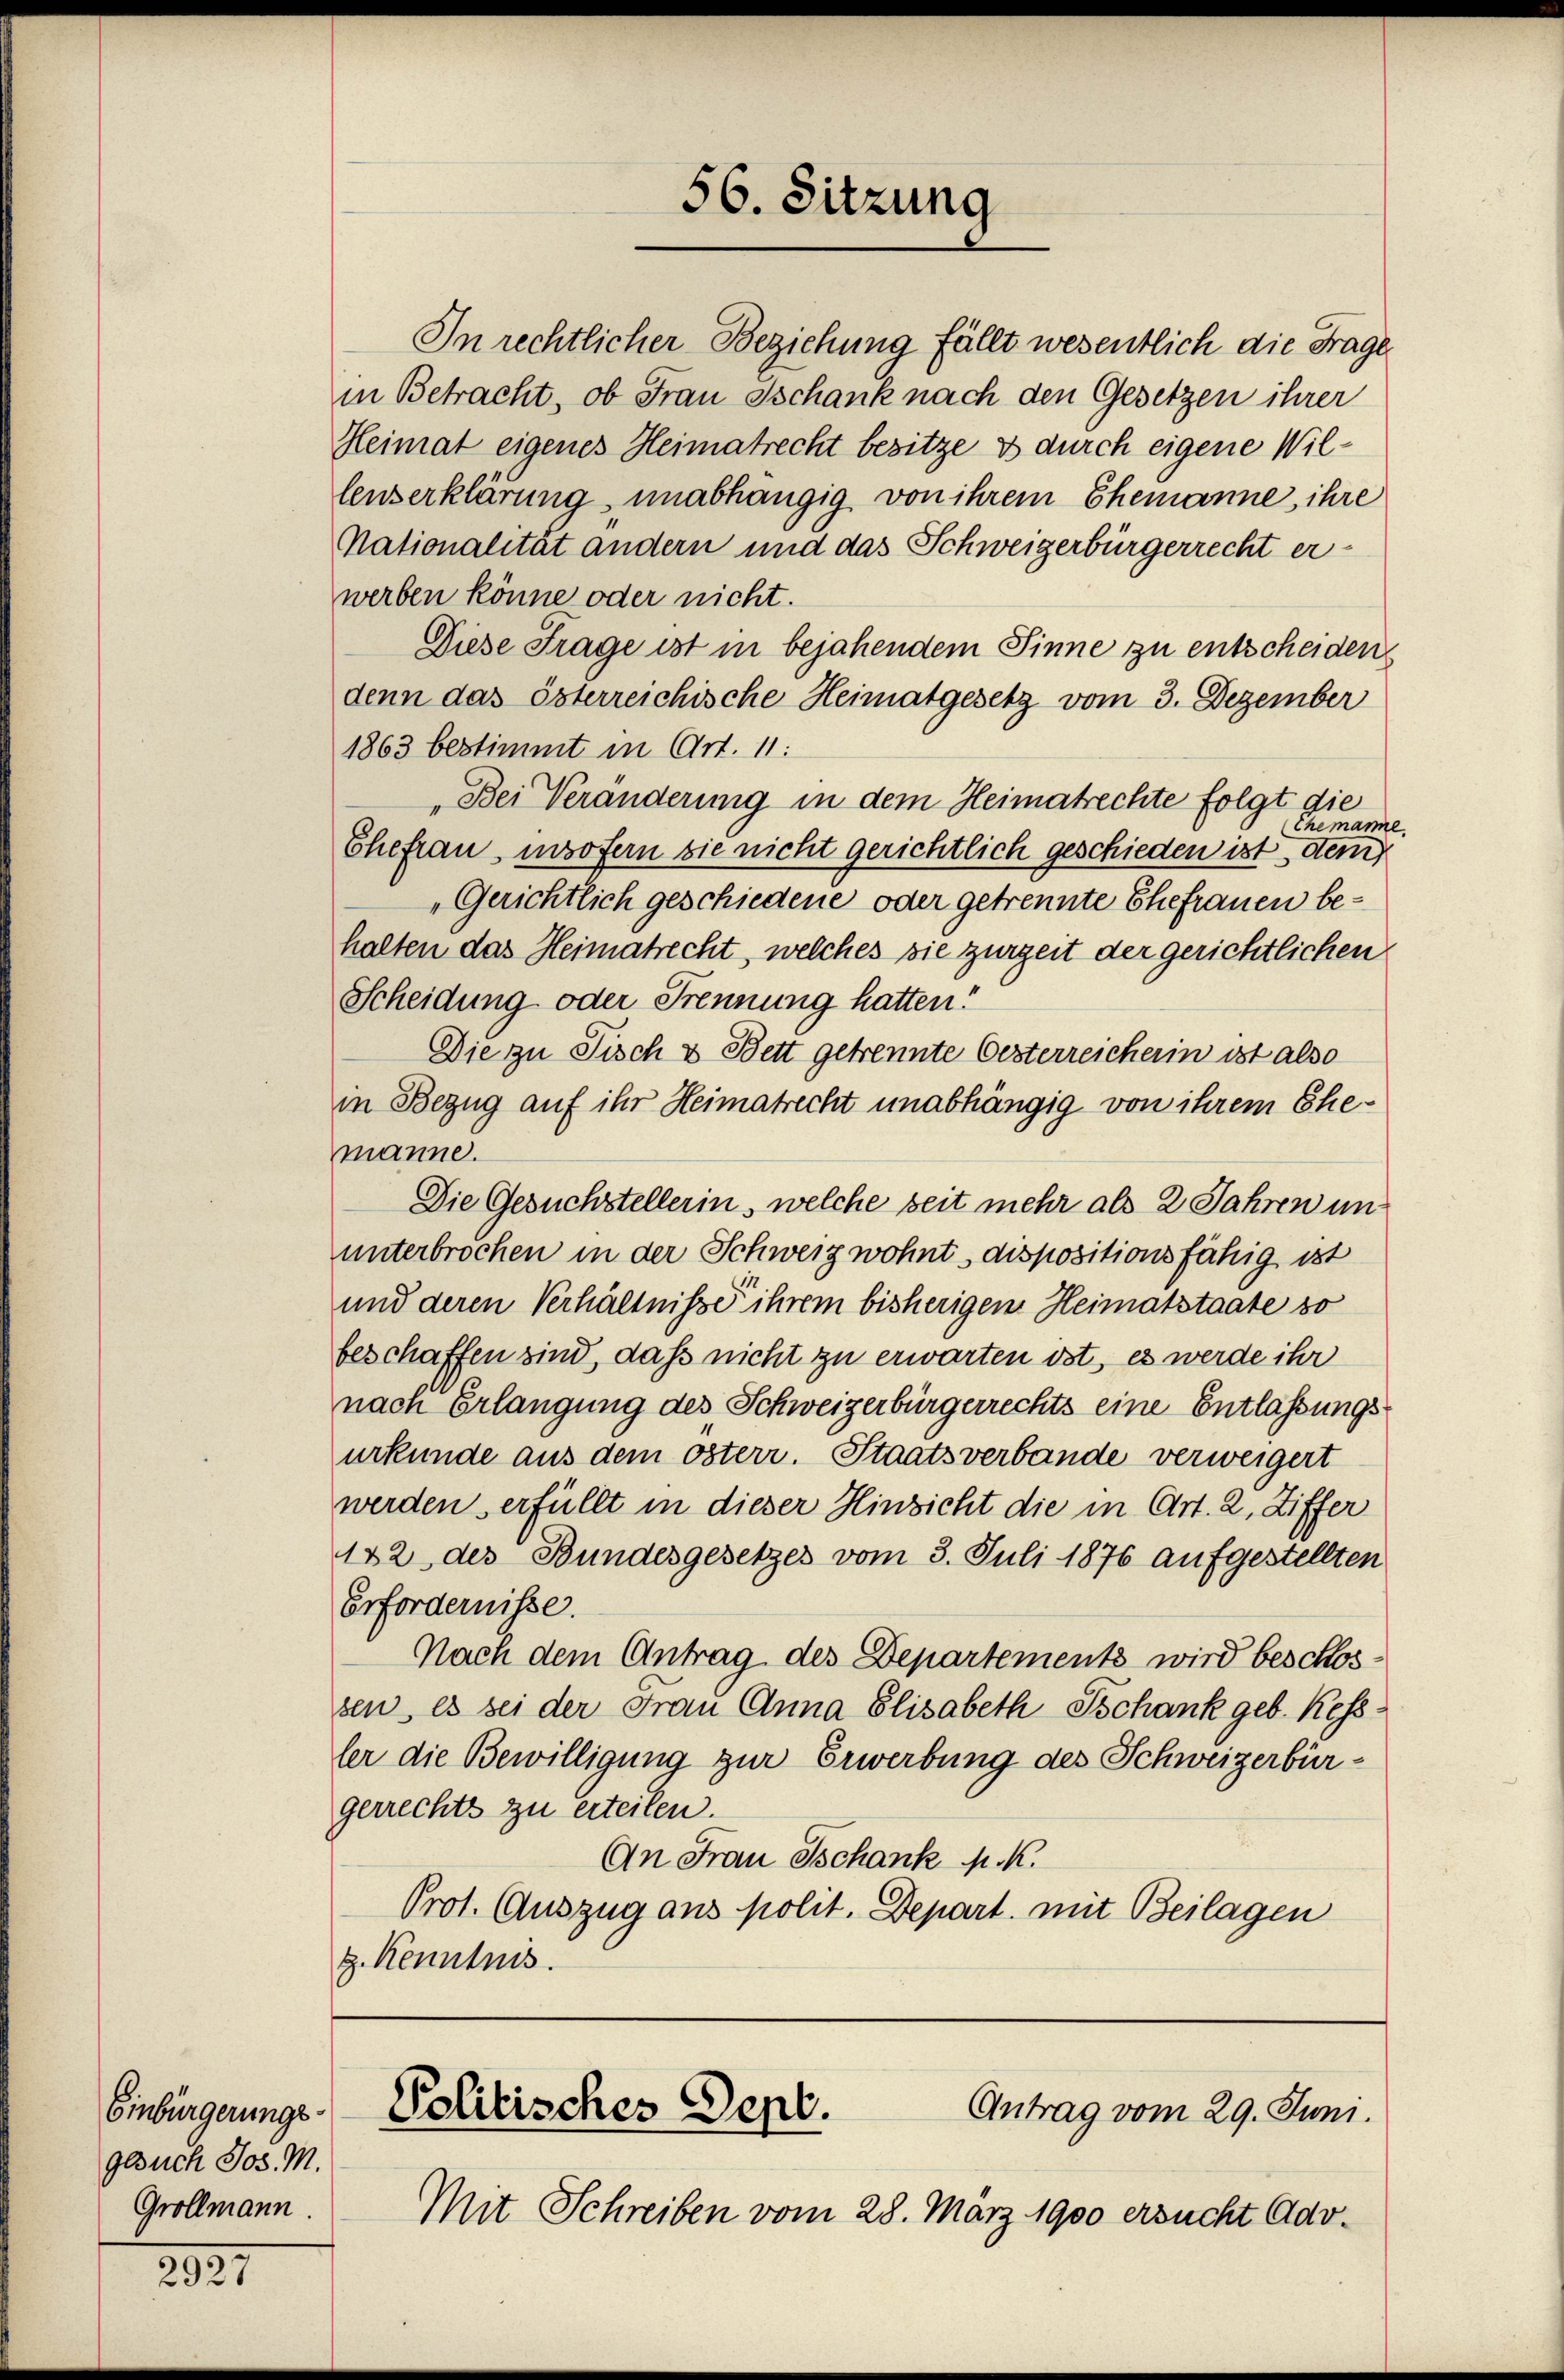
Einbürgerungsgesuch Jos. M.
Grollmann

2931

In rechtlicher Beziehung fällt wesentlich die Frage
in Betracht, ob Frau Ischank nach den Gesetzen ihrer
Heimat eigenes Heimatrecht besitze es durch eigene Willenserklärung unabhängig von ihrem Ehemanne, ihre
Nationalität andern und das Schweizerbürgerrecht er-
werben könne oder nicht.
Diese Frage ist in bejahendem Sinne zu entscheiden
denn das österreichische Heimatgesetz vom 3. Dezember
1863 bestimmt in Art. 11:
Bei Veränderung in dem Heimatrechte folgt die
Themanne
Ehefrau, insofern sie nicht gerichtlich geschieden ist, dem
Gerichtlich geschiedene oder getrennte Ehefrauen behalten das Heimatrecht, welches sie zurzeit der gerichtlichen
Scheidung oder Trennung hatten!
Die zu Fisch & Bett getrennte Oesterreicherin ist also
in Bezug auf ihr Heimatrecht unabhängig von ihrem Ehemanne.
Die Gesuchstellerin, welche seit mehr als 2 Jahren ununterbrochen in der Schweiz wohnt dispositionsfähig ist
und deren Verhältniße ihrem bisherigem Heimatstaate so
beschaffen sind, daß nicht zu erwarten obt, es werde ihr
nach Erlangung des Schweizerbürgerrechts eine Entlassungsurkunde aus dem österr. Staatsverbande verweigert
werden erfüllt in dieser Hinsicht die in Art. 2, Ziffer
142 des Bundesgesetzes vom 3. Juli 1876 aufgestellten
Erfordernisse.
Nach dem Antrag des Departements wird beschossen, es sei der Frau Anna Elisabeth Tschank geb. Kess
ler die Bewilligung zur Erwerbung des Schweizerbürgerrechts zu erteilen.
An Frau Tschank p. K.
Prot. Auszug aus polit. Depart mit Beilagen
z. Kenntnis.

56. Sitzung

Politischer Sept.
Antrag vom 29. Juni.
Mit Schreiben vom 28. März 1900 ersucht Ado¬